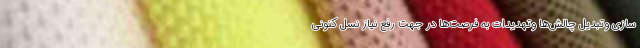
سازی وتبدیل چالش‌ها وتهدیدات به فرصت‌ها در جهت رفع نیاز نسل کنونی